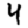
Digit: 4